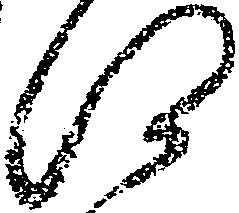
江